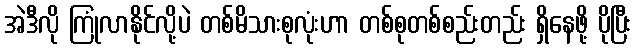
အဲဒီလို ကြုံလာနိုင်လို့ပဲ တစ်မိသားစုလုံးဟာ တစ်စုတစ်စည်းတည်း ရှိနေဖို့ ပိုပြီး